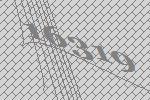
16319